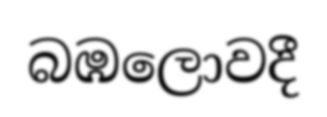
බඹලොවදී